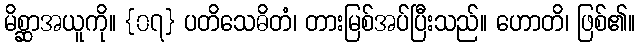
မိစ္ဆာအယူကို။ {၀၇} ပတိသေဓိတံ၊ တားမြစ်အပ်ပြီးသည်။ ဟောတိ၊ ဖြစ်၏။